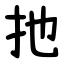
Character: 扡